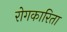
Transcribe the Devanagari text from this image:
रोगकारिता